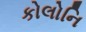
કોલોનિ